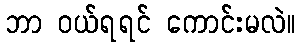
ဘာ ဝယ်ရရင် ကောင်းမလဲ။